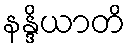
နန္ဒိယာတိ